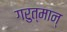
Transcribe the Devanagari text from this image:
गरुत्मान्